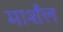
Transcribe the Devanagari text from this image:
मार्शंल